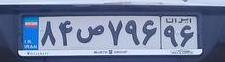
۸۴ص۷۹۶۹۶